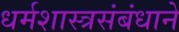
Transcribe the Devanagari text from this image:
धर्मशास्त्रसंबंधाने